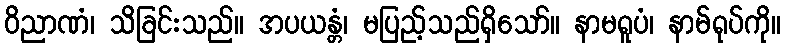
ဝိညာဏံ၊ သိခြင်းသည်။ အပယန္တံ၊ မပြည့်သည်ရှိသော်။ နာမရူပံ၊ နာမ်ရုပ်ကို။